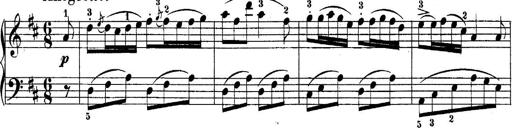
Title: 10 Sonatines progressives
Composer: Anton Schmoll